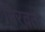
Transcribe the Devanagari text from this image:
मिरवतो